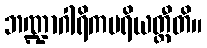
ဘဏ္ဍာဂါရိကပရိယတ္တီတိ။